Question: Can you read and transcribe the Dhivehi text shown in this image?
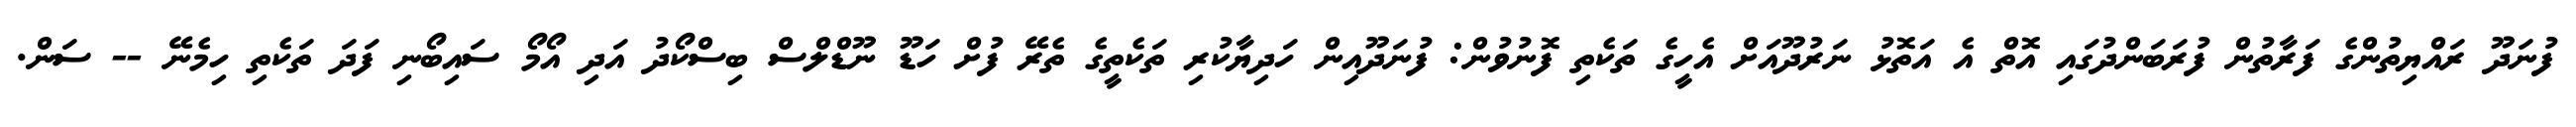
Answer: ފުނަދޫ ރައްޔިތުންގެ ފަރާތުން ފުރަބަންދުގައި އޮތް އެ އަތޮޅު ނަރުދޫއަށް އެހީގެ ތަކެތި ފޮނުވުން: ފުނަދޫއިން ހަދިޔާކުރި ތަކެތީގެ ތެރޭ ފުށް ހަޑޫ ނޫޑްލްސް ބިސްކޯދު އަދި އޯމޯ ސައިބޯނި ފަދަ ތަކެތި ހިމެނޭ -- ސަން.